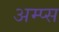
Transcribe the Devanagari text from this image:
अम्प्स